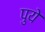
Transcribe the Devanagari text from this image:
पुये